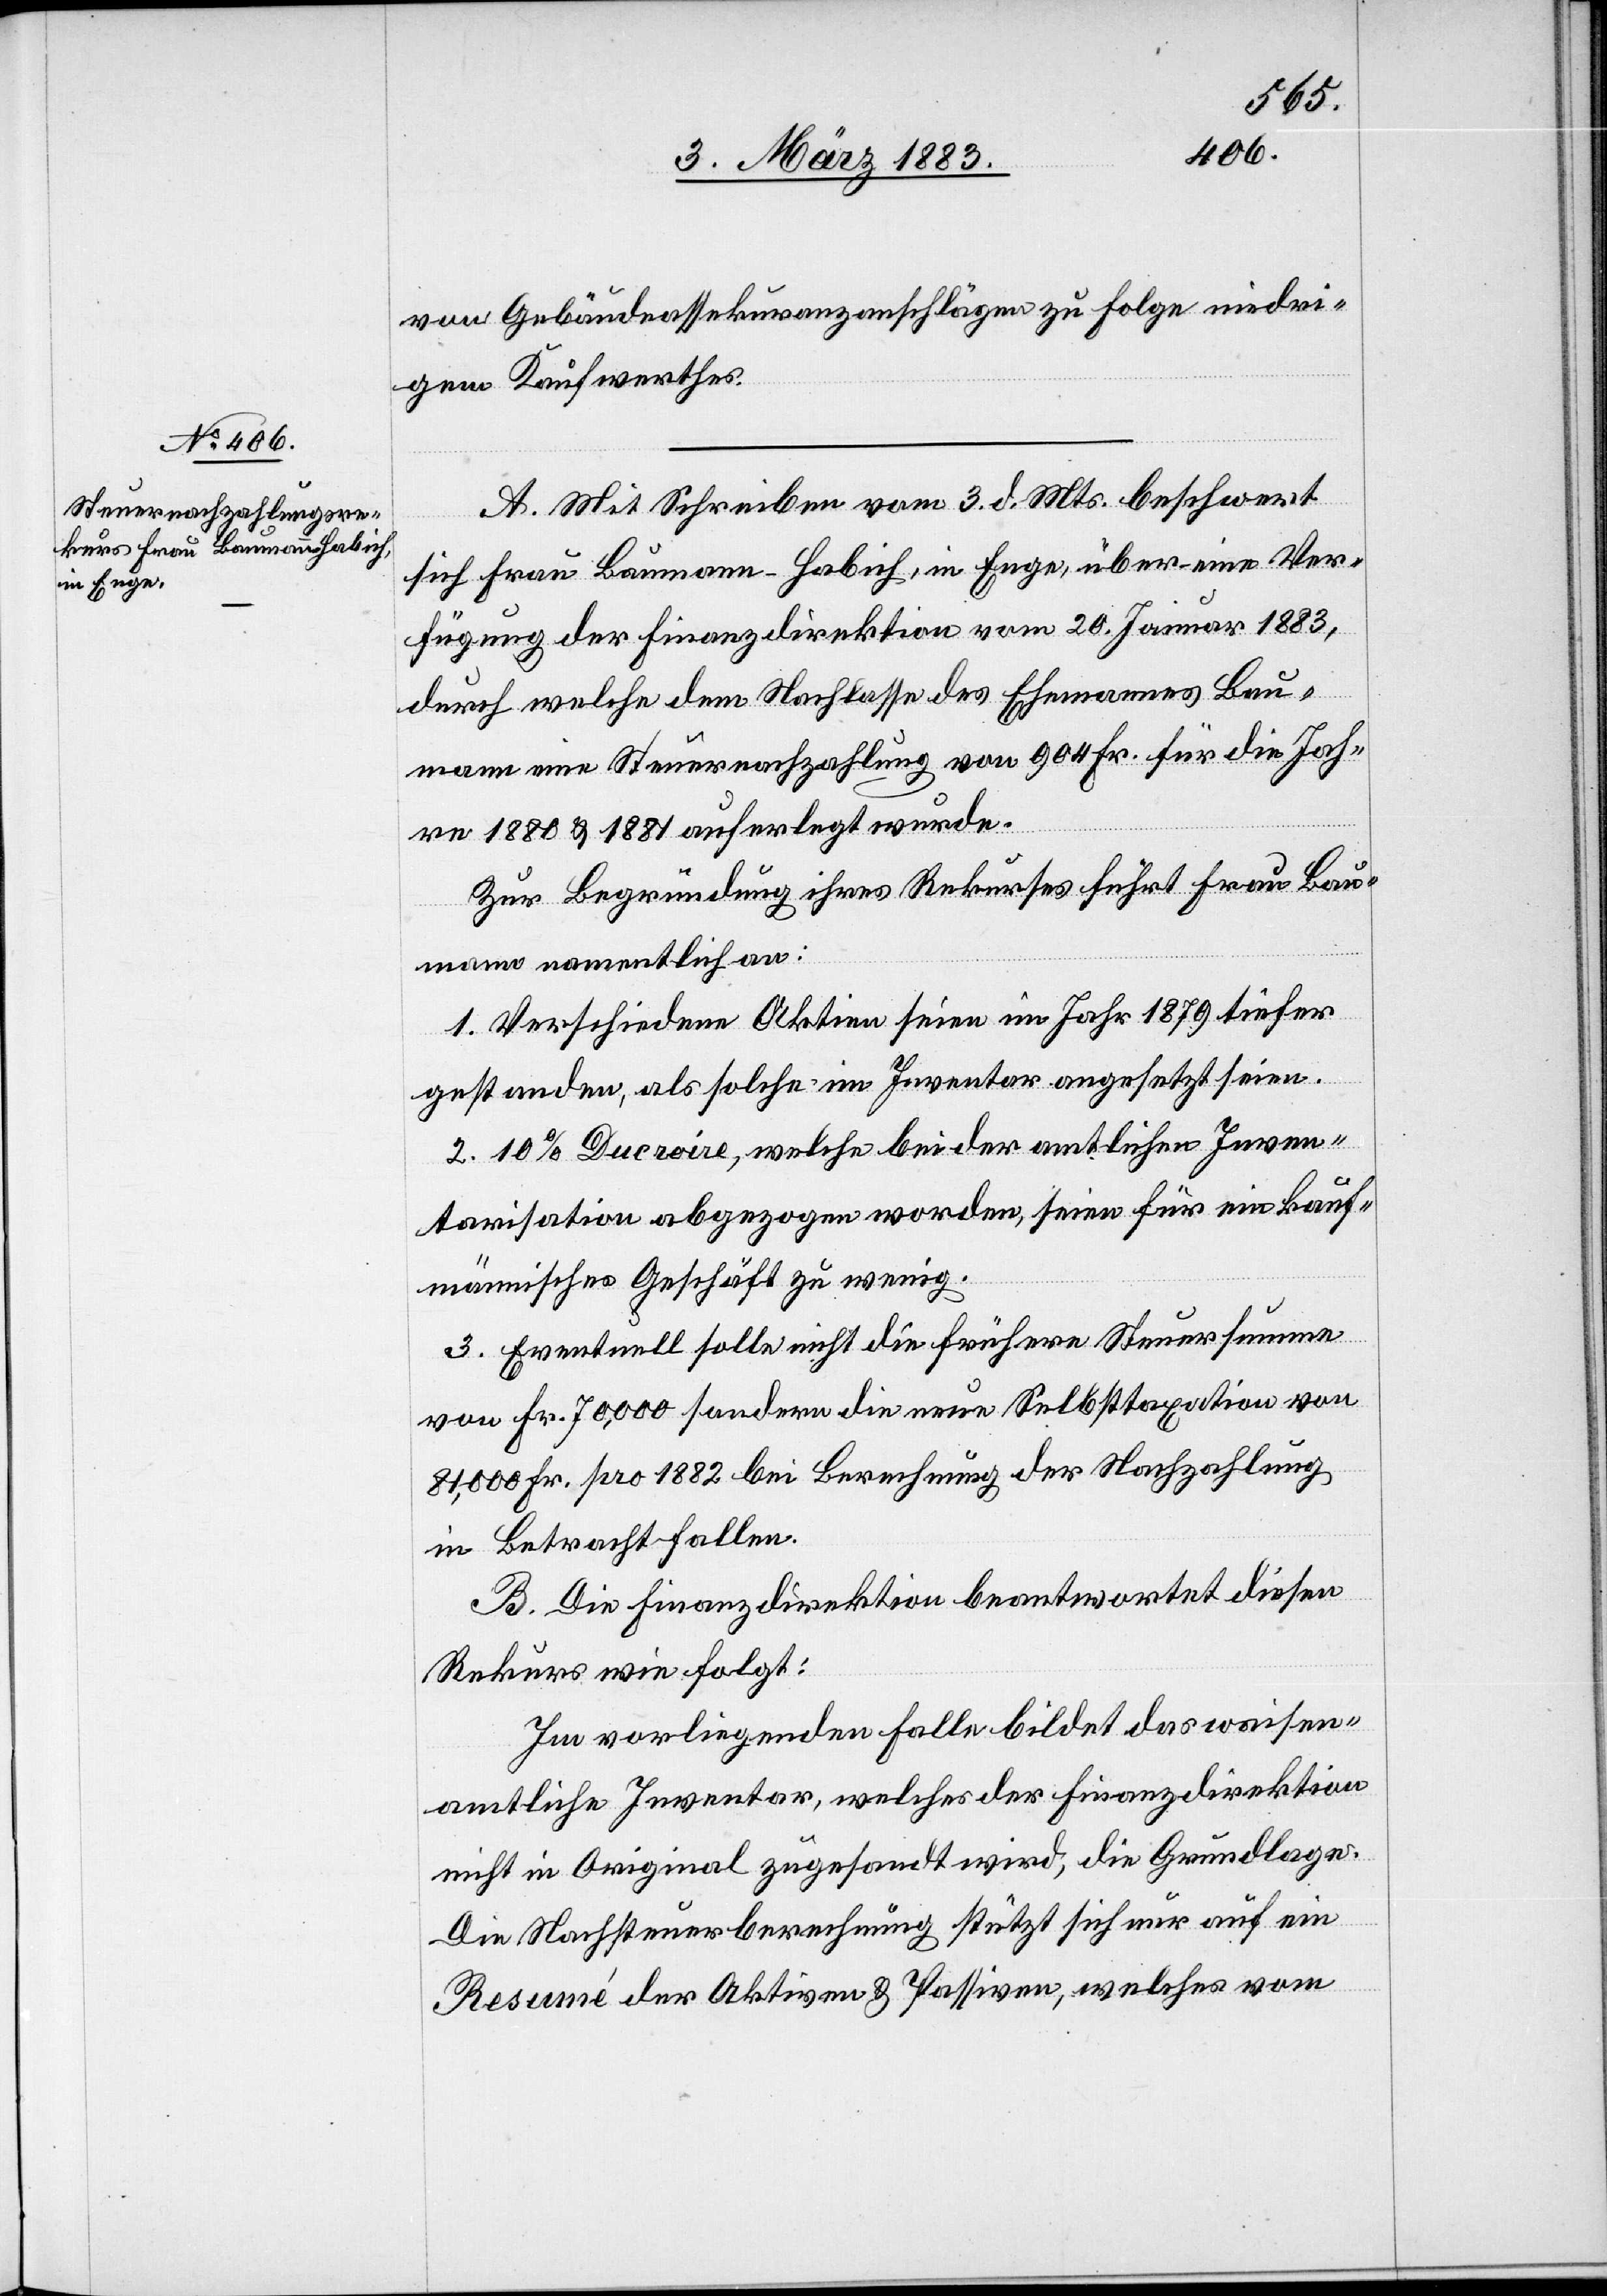
von Gebäudeassekuranzanschlägen zu Folge niedri¬
gem Kaufwerthes.
A. Mit Schreiben vom 3. d. Mts. beschwert
sich Frau Baumann-Habich, in Enge, über eine Ver¬
fügung der Finanzdirektion vom 20. Januar 1883,
durch welche dem Nachlasse des Ehemannes Bau¬
mann eine Steuernachzahlung von 904 Fr. für die Jah¬
re 1880 & 1881 auferlegt wurde.
Zur Begründung ihres Rekurses führt Frau Bau¬
mann namentlich an:
1. Verschiedene Aktien seien im Jahr 1879 tiefer
gestanden, als solche im Inventar angesetzt seien.
2. 10% Ducroire, welche bei der amtlichen Inven¬
tarisation abgezogen worden, seien für ein kauf¬
männisches Geschäft zu wenig.
3. Eventuell solle nicht die frühere Steuersumme
von Fr. 70,000 sondern die neue Selbsttaxation von
81,000 Fr. pro 1882 bei Berechnung der Nachzahlung
in Betracht fallen.
B. Die Finanzdirektion beantwortet diesen
Rekurs wie folgt:
Im vorliegenden Falle bildet das waisen¬
amtliche Inventar, welches der Finanzdirektion
nicht in Original zugesandt wird, die Grundlage.
Die Nachsteuerberechnung stützt sich nur auf ein
Resumé der Aktiven & Passiven, welches vom